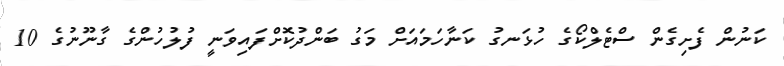
ކަނުން ފެށިގެން ސްޓެލްކޯގެ ހުޅަނގު ކަނާހަމައަށް މަގު ބަންދުކޮށްފައިވަނީ ފުލުހުންގެ ގާނޫނުގެ 10